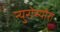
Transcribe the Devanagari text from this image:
न्युरोस्पोरा